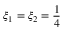
\xi _ { 1 } = \xi _ { 2 } = \frac { 1 } { 4 }